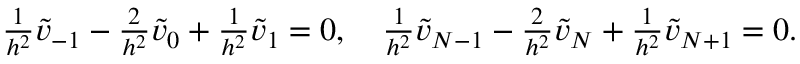
\begin{array} { r l } & { \frac { 1 } { h ^ { 2 } } \widetilde v _ { - 1 } - \frac { 2 } { h ^ { 2 } } \widetilde v _ { 0 } + \frac { 1 } { h ^ { 2 } } \widetilde v _ { 1 } = 0 , \quad \frac { 1 } { h ^ { 2 } } \widetilde v _ { N - 1 } - \frac { 2 } { h ^ { 2 } } \widetilde v _ { N } + \frac { 1 } { h ^ { 2 } } \widetilde v _ { N + 1 } = 0 . } \end{array}